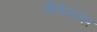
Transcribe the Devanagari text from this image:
कैंडेलम्स